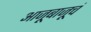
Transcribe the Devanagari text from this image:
आजूबाजूचं